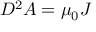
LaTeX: D ^ { 2 } A = \mu _ { 0 } J